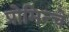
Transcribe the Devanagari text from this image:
प्रोमिन्चे